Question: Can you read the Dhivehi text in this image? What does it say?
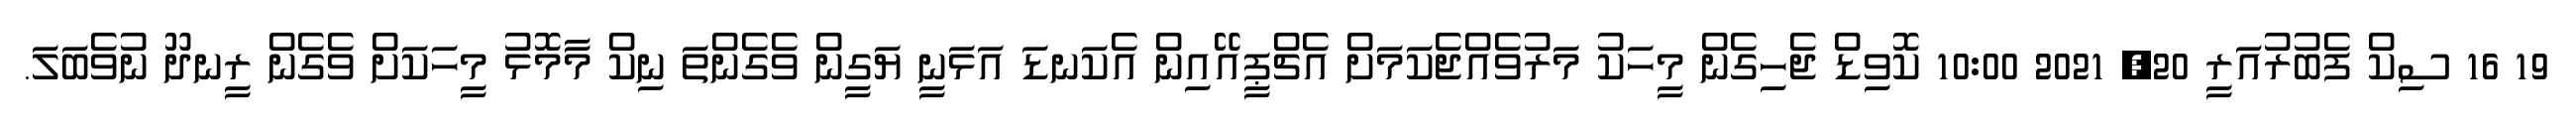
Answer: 19 16 ސިކް ފެބުރުއަރީ 20, 2021 10:00 ކޮވިޑް ޖެހިގެން މީހަކު މަރުވެއްޖެކަމަށް އެޗްޕީއޭއިން އެކަނޑަ އަޅަނީ ޔަގީން ވެގެންތަ ނިކް މާމޮޅު މީހަކަށް ވެގެން ރީނދޫ ނުވެބަލަ.